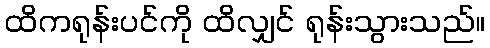
ထိကရုန်းပင်ကို ထိလျှင် ရုန်းသွားသည်။